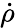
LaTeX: \dot{\rho}